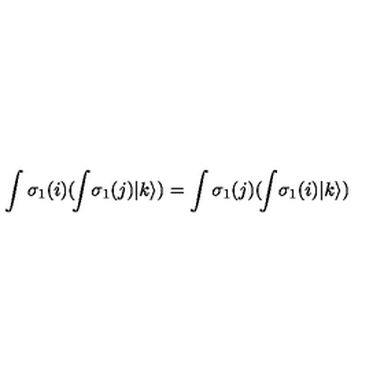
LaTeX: \int \sigma _ { 1 } ( i ) ( \! \int \! \sigma _ { 1 } ( j ) | k \rangle ) = \int \sigma _ { 1 } ( j ) ( \! \int \! \sigma _ { 1 } ( i ) | k \rangle )